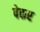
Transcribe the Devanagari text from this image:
पेकर